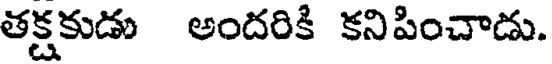
తక్షకుడు అందరికి కనిపించాడు.